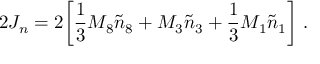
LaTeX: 2 J _ { n } = 2 \biggl [ { \frac { 1 } { 3 } } M _ { 8 } { \tilde { n } } _ { 8 } + M _ { 3 } { \tilde { n } } _ { 3 } + { \frac { 1 } { 3 } } M _ { 1 } { \tilde { n } } _ { 1 } \biggr ] \ .